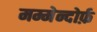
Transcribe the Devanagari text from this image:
मम्मेन्दोर्फ़